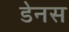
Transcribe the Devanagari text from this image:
डेनस